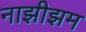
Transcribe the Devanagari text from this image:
नाझीझम